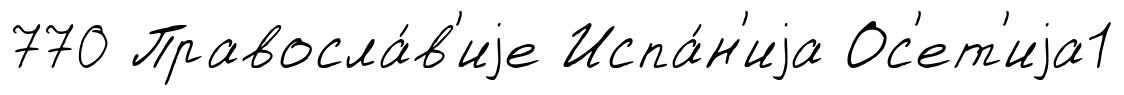
770 Правосла́в'иjе Испа́н'иjа Ос'ет'иjа1